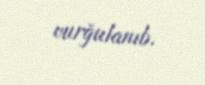
vurğulanıb.